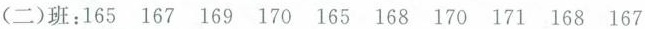
(二)班：165 167 169 170 165 168 170 171 168 167